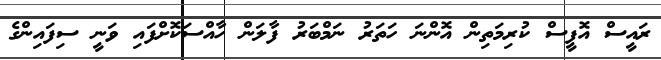
ރައީސް އޮފީސް ކުރިމަތިން އޮންނަ ހަތަރު ނަމްބަރު ފާލަން ހާއްސަކޮށްފައި ވަނީ ސިފައިންގެ